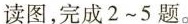
读图，完成2~5题。